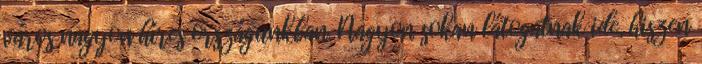
város nagyon híres országunkban. Nagyon sokan látogatnak ide, hiszen